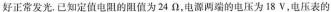
好正常发光。已知定值电阻的阻值为24Ω，电源两端的电压为18V，电压表的